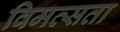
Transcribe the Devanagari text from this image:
विमत्सता